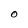
Character: 0